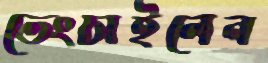
ভেংচাইলেন